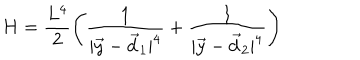
LaTeX: H = \frac { L ^ { 4 } } { 2 } \left( \frac { 1 } { | \vec { y } - \vec { d } _ { 1 } | ^ { 4 } } + \frac { 1 } { | \vec { y } - \vec { d } _ { 2 } | ^ { 4 } } \right)